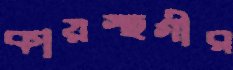
কায়স্থগীর